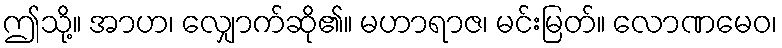
ဤသို့။ အာဟ၊ လျှောက်ဆို၏။ မဟာရာဇ၊ မင်းမြတ်။ လောဏမေဝ၊